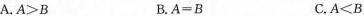
A.$$A>B$$ B.$$A=B$$ C.$$A<B$$